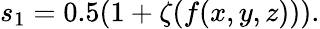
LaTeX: \begin{array}{r}{s_{1}=0.5(1+\zeta(f(x,y,z))).}\end{array}